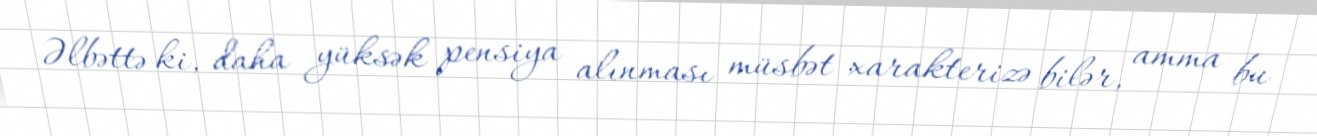
Əlbəttə ki, daha yüksək pensiya alınması müsbət xarakterizə bilər, amma bu